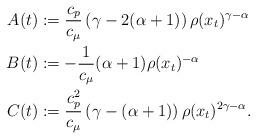
LaTeX: \begin{align*}A(t)&:= \frac{c_p }{c_\mu } \left(\gamma -2 (\alpha+1) \right)\rho(x_t)^{\gamma-\alpha}\\B(t)&:= -\frac{1}{c_\mu}(\alpha+1)\rho(x_t)^{-\alpha}\\C(t)&:=\frac{c^2_p }{c_\mu } \left(\gamma - (\alpha+1) \right)\rho(x_t)^{2\gamma-\alpha}.\end{align*}